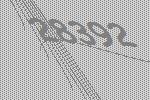
28392